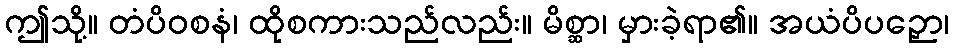
ဤသို့။ တံပိဝစနံ၊ ထိုစကားသည်လည်း။ မိစ္ဆာ၊ မှားခဲ့ရာ၏။ အယံပိပဉှော၊